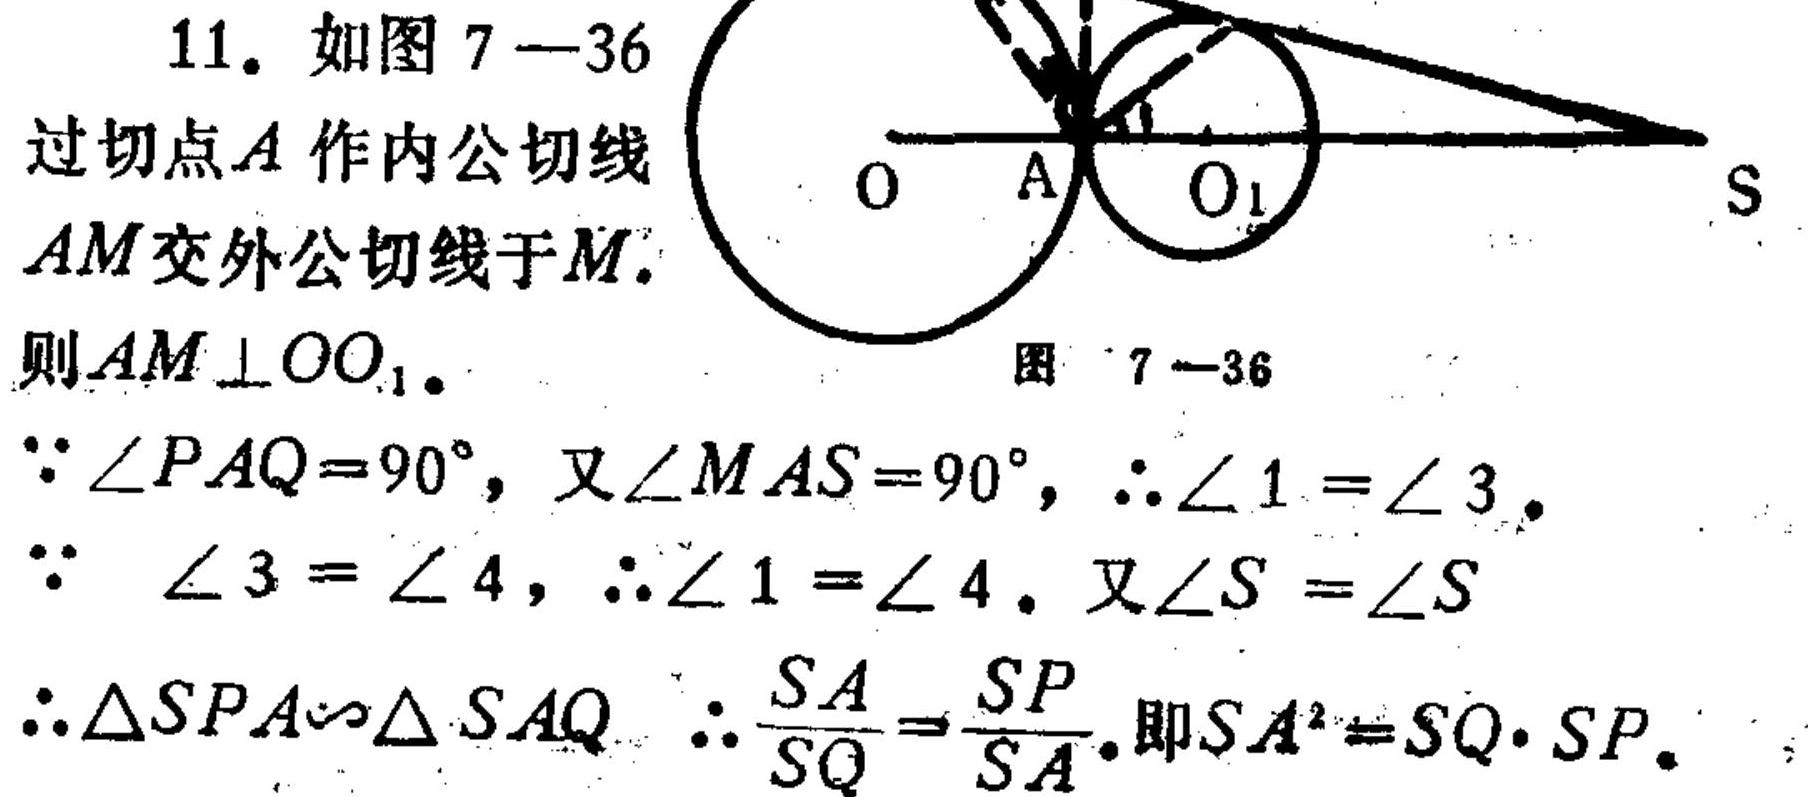
11. 如图 7—36 过切点\(A\)作内公切线\(AM\)交外公切线于\(M\).
则\(AM\perp OO_{1}\).
\(\because\angle PAQ = 90^{\circ}\)，又\(\angle MAS = 90^{\circ}\)，\(\therefore\angle 1=\angle 3\).
\(\because\angle 3=\angle 4\)，\(\therefore\angle 1=\angle 4\). 又\(\angle S=\angle S\)
\(\therefore\triangle SPA\sim\triangle SAQ\) \(\therefore\frac{SA}{SQ}=\frac{SP}{SA}\).即\(SA^{2}=SQ\cdot SP\).